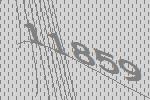
11859